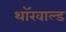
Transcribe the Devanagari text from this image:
थॉरवाल्ड